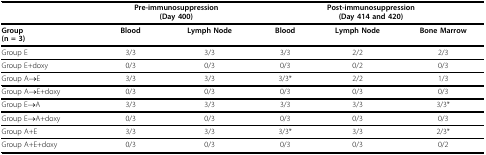
<table><thead><tr><td></td><td colspan="2"><b>Pre-immunosuppression(Day 400)</b></td><td colspan="3"><b>Post-immunosuppression(Day 414 and 420)</b></td></tr></thead><tbody><tr><td><b>Group</b><b>(n = 3)</b></td><td><b>Blood</b></td><td><b>Lymph Node</b></td><td><b>Blood</b></td><td><b>Lymph Node</b></td><td><b>Bone Marrow</b></td></tr><tr><td>Group E</td><td>3/3</td><td>3/3</td><td>3/3</td><td>2/2</td><td>2/3</td></tr><tr><td>Group E+doxy</td><td>0/3</td><td>0/3</td><td>0/3</td><td>0/2</td><td>0/3</td></tr><tr><td>Group A→E</td><td>3/3</td><td>3/3</td><td>3/3*</td><td>2/2</td><td>1/3</td></tr><tr><td>Group A→E+doxy</td><td>0/3</td><td>0/3</td><td>0/3</td><td>0/3</td><td>0/3</td></tr><tr><td>Group E→A</td><td>3/3</td><td>3/3</td><td>3/3</td><td>3/3</td><td>3/3*</td></tr><tr><td>Group E→A+doxy</td><td>0/3</td><td>0/3</td><td>0/3</td><td>0/3</td><td>0/3</td></tr><tr><td>Group A+E</td><td>3/3</td><td>3/3</td><td>3/3*</td><td>3/3</td><td>2/3*</td></tr><tr><td>Group A+E+doxy</td><td>0/3</td><td>0/3</td><td>0/3</td><td>0/3</td><td>0/2</td></tr></tbody></table>